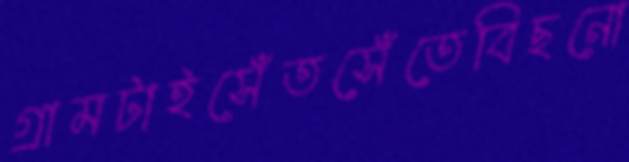
গ্রামটাইসেঁতসেঁতেবিছনো